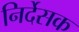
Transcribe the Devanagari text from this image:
निर्देसक